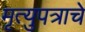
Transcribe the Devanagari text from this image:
मृत्युपत्राचे